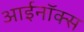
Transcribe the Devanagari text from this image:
आईनॉक्स